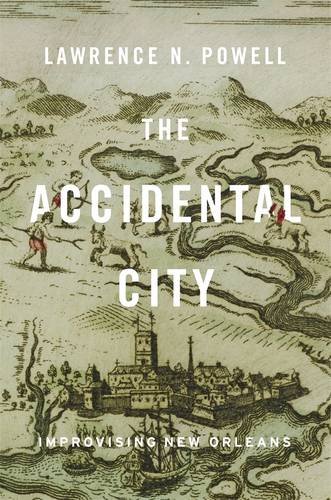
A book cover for The Accidental City: Improvising New Orleans; Lawrence N. Powell; History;